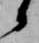
候